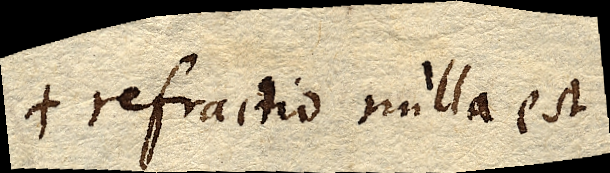
refractio nulla est